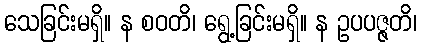
သေခြင်းမရှိ။ န စဝတိ၊ ရွေ့ခြင်းမရှိ။ န ဥပပဇ္ဇတိ၊